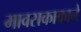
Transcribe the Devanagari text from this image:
मावसकाकाने